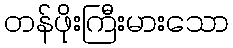
တန်ဖိုးကြီးမားသော